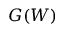
G ( W )